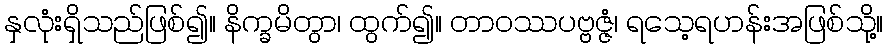
နှလုံးရှိသည်ဖြစ်၍။ နိက္ခမိတွာ၊ ထွက်၍။ တာဝဿပဗ္ဗဇ္ဇံ၊ ရသေ့ရဟန်းအဖြစ်သို့။